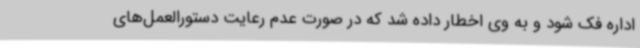
اداره فک شود و به وی اخطار داده شد که در صورت عدم رعایت دستورالعمل‌های